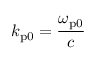
k _ { \mathrm { p 0 } } = \frac { \omega _ { \mathrm { p 0 } } } { c }